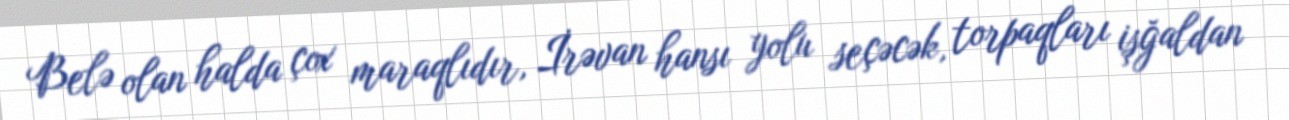
Belə olan halda çox maraqlıdır, İrəvan hansı yolu seçəcək, torpaqları işğaldan